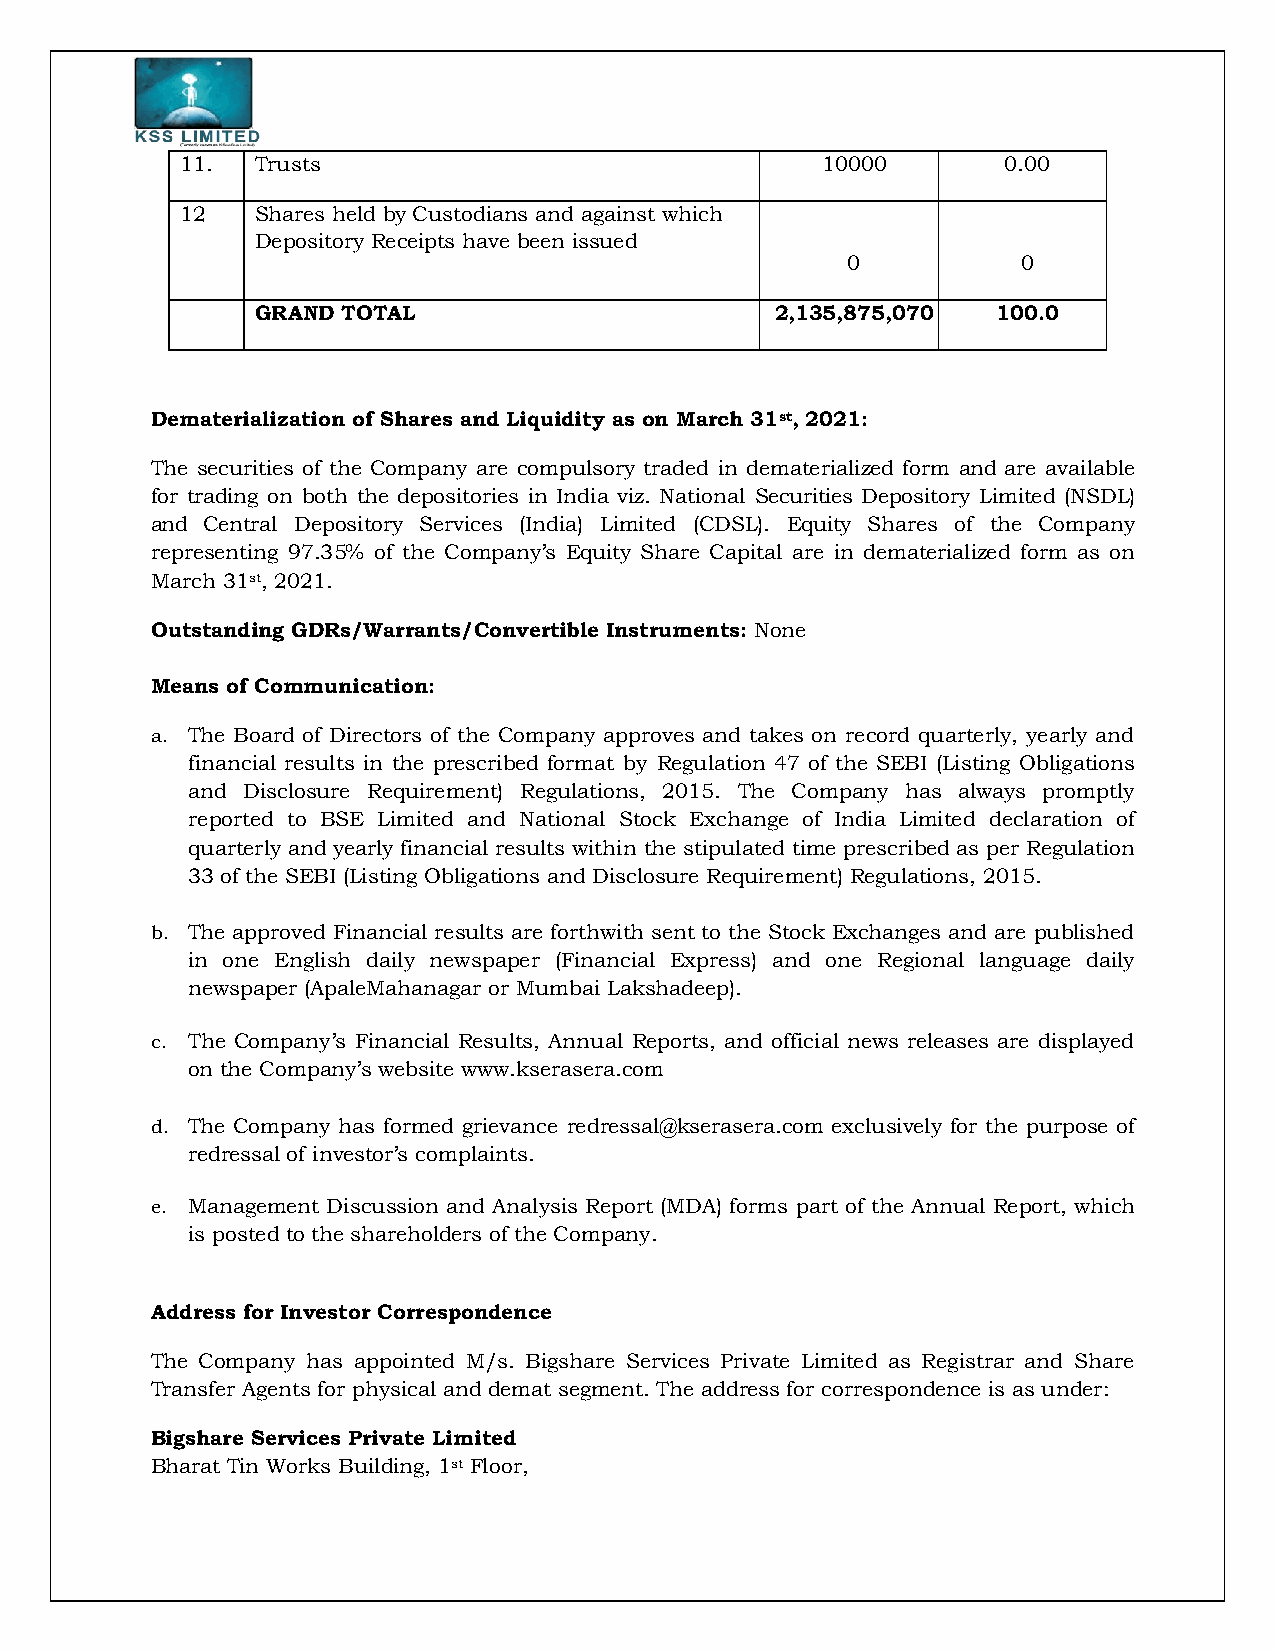
11.  Trusts                               10000       0.00
 12   Shares held by Custodians and against which
 Depository Receipts have been issued
 0           0
 GRAND TOTAL                       2,135,875,070  100.0
 Dematerialization of Shares and Liquidity as on March 31st, 2021:
 The securities of the Company are compulsory traded in dematerialized form and are available
 for trading on both the depositories in India viz. National Securities Depository Limited (NSDL)
 and Central Depository Services (India) Limited (CDSL). Equity Shares of the Company
 representing 97.35% of the Company’s Equity Share Capital are in dematerialized form as on
 March 31st, 2021.
 Outstanding GDRs/Warrants/Convertible Instruments: None
 Means of Communication:
 a. The Board of Directors of the Company approves and takes on record quarterly, yearly and
 financial results in the prescribed format by Regulation 47 of the SEBI (Listing Obligations
 and Disclosure Requirement) Regulations, 2015. The Company has always promptly
 reported to BSE Limited and National Stock Exchange of India Limited declaration of
 quarterly and yearly financial results within the stipulated time prescribed as per Regulation
 33 of the SEBI (Listing Obligations and Disclosure Requirement) Regulations, 2015.
 b. The approved Financial results are forthwith sent to the Stock Exchanges and are published
 in one English daily newspaper (Financial Express) and one Regional language daily
 newspaper (ApaleMahanagar or Mumbai Lakshadeep).
 c. The Company’s Financial Results, Annual Reports, and official news releases are displayed
 on the Company’s website www.kserasera.com
 d. The Company has formed grievance redressal@kserasera.com exclusively for the purpose of
 redressal of investor’s complaints.
 e. Management Discussion and Analysis Report (MDA) forms part of the Annual Report, which
 is posted to the shareholders of the Company.
 Address for Investor Correspondence
 The Company has appointed M/s. Bigshare Services Private Limited as Registrar and Share
 Transfer Agents for physical and demat segment. The address for correspondence is as under:
 Bigshare Services Private Limited
 Bharat Tin Works Building, 1st Floor,